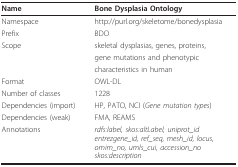
| Name | Bone Dysplasia Ontology |
 | --- | --- |
 | Namespace | http://purl.org/skeletome/bonedysplasia |
 | Prefix | BDO |
 | Scope | skeletal dysplasias, genes, proteins, |
 |  | gene mutations and phenotypic |
 |  | characteristics in human |
 | Format | OWL-DL |
 | Number of classes | 1228 |
 | Dependencies (import) | HP, PATO, NCI (Gene mutation types) |
 | Dependencies (weak) | FMA, REAMS |
 | Annotations | rdfs:label, skos:altLabel, uniprot_identrezgene_id, ref_seq, mesh_id, locus,omim_no, umls_cui, accession_noskos:description |